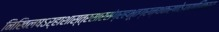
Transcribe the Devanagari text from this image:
निखिलषऽर्हाशास्त्रसारसंग्रहभूतग्रन्थकरणेऽप्यधिकारः